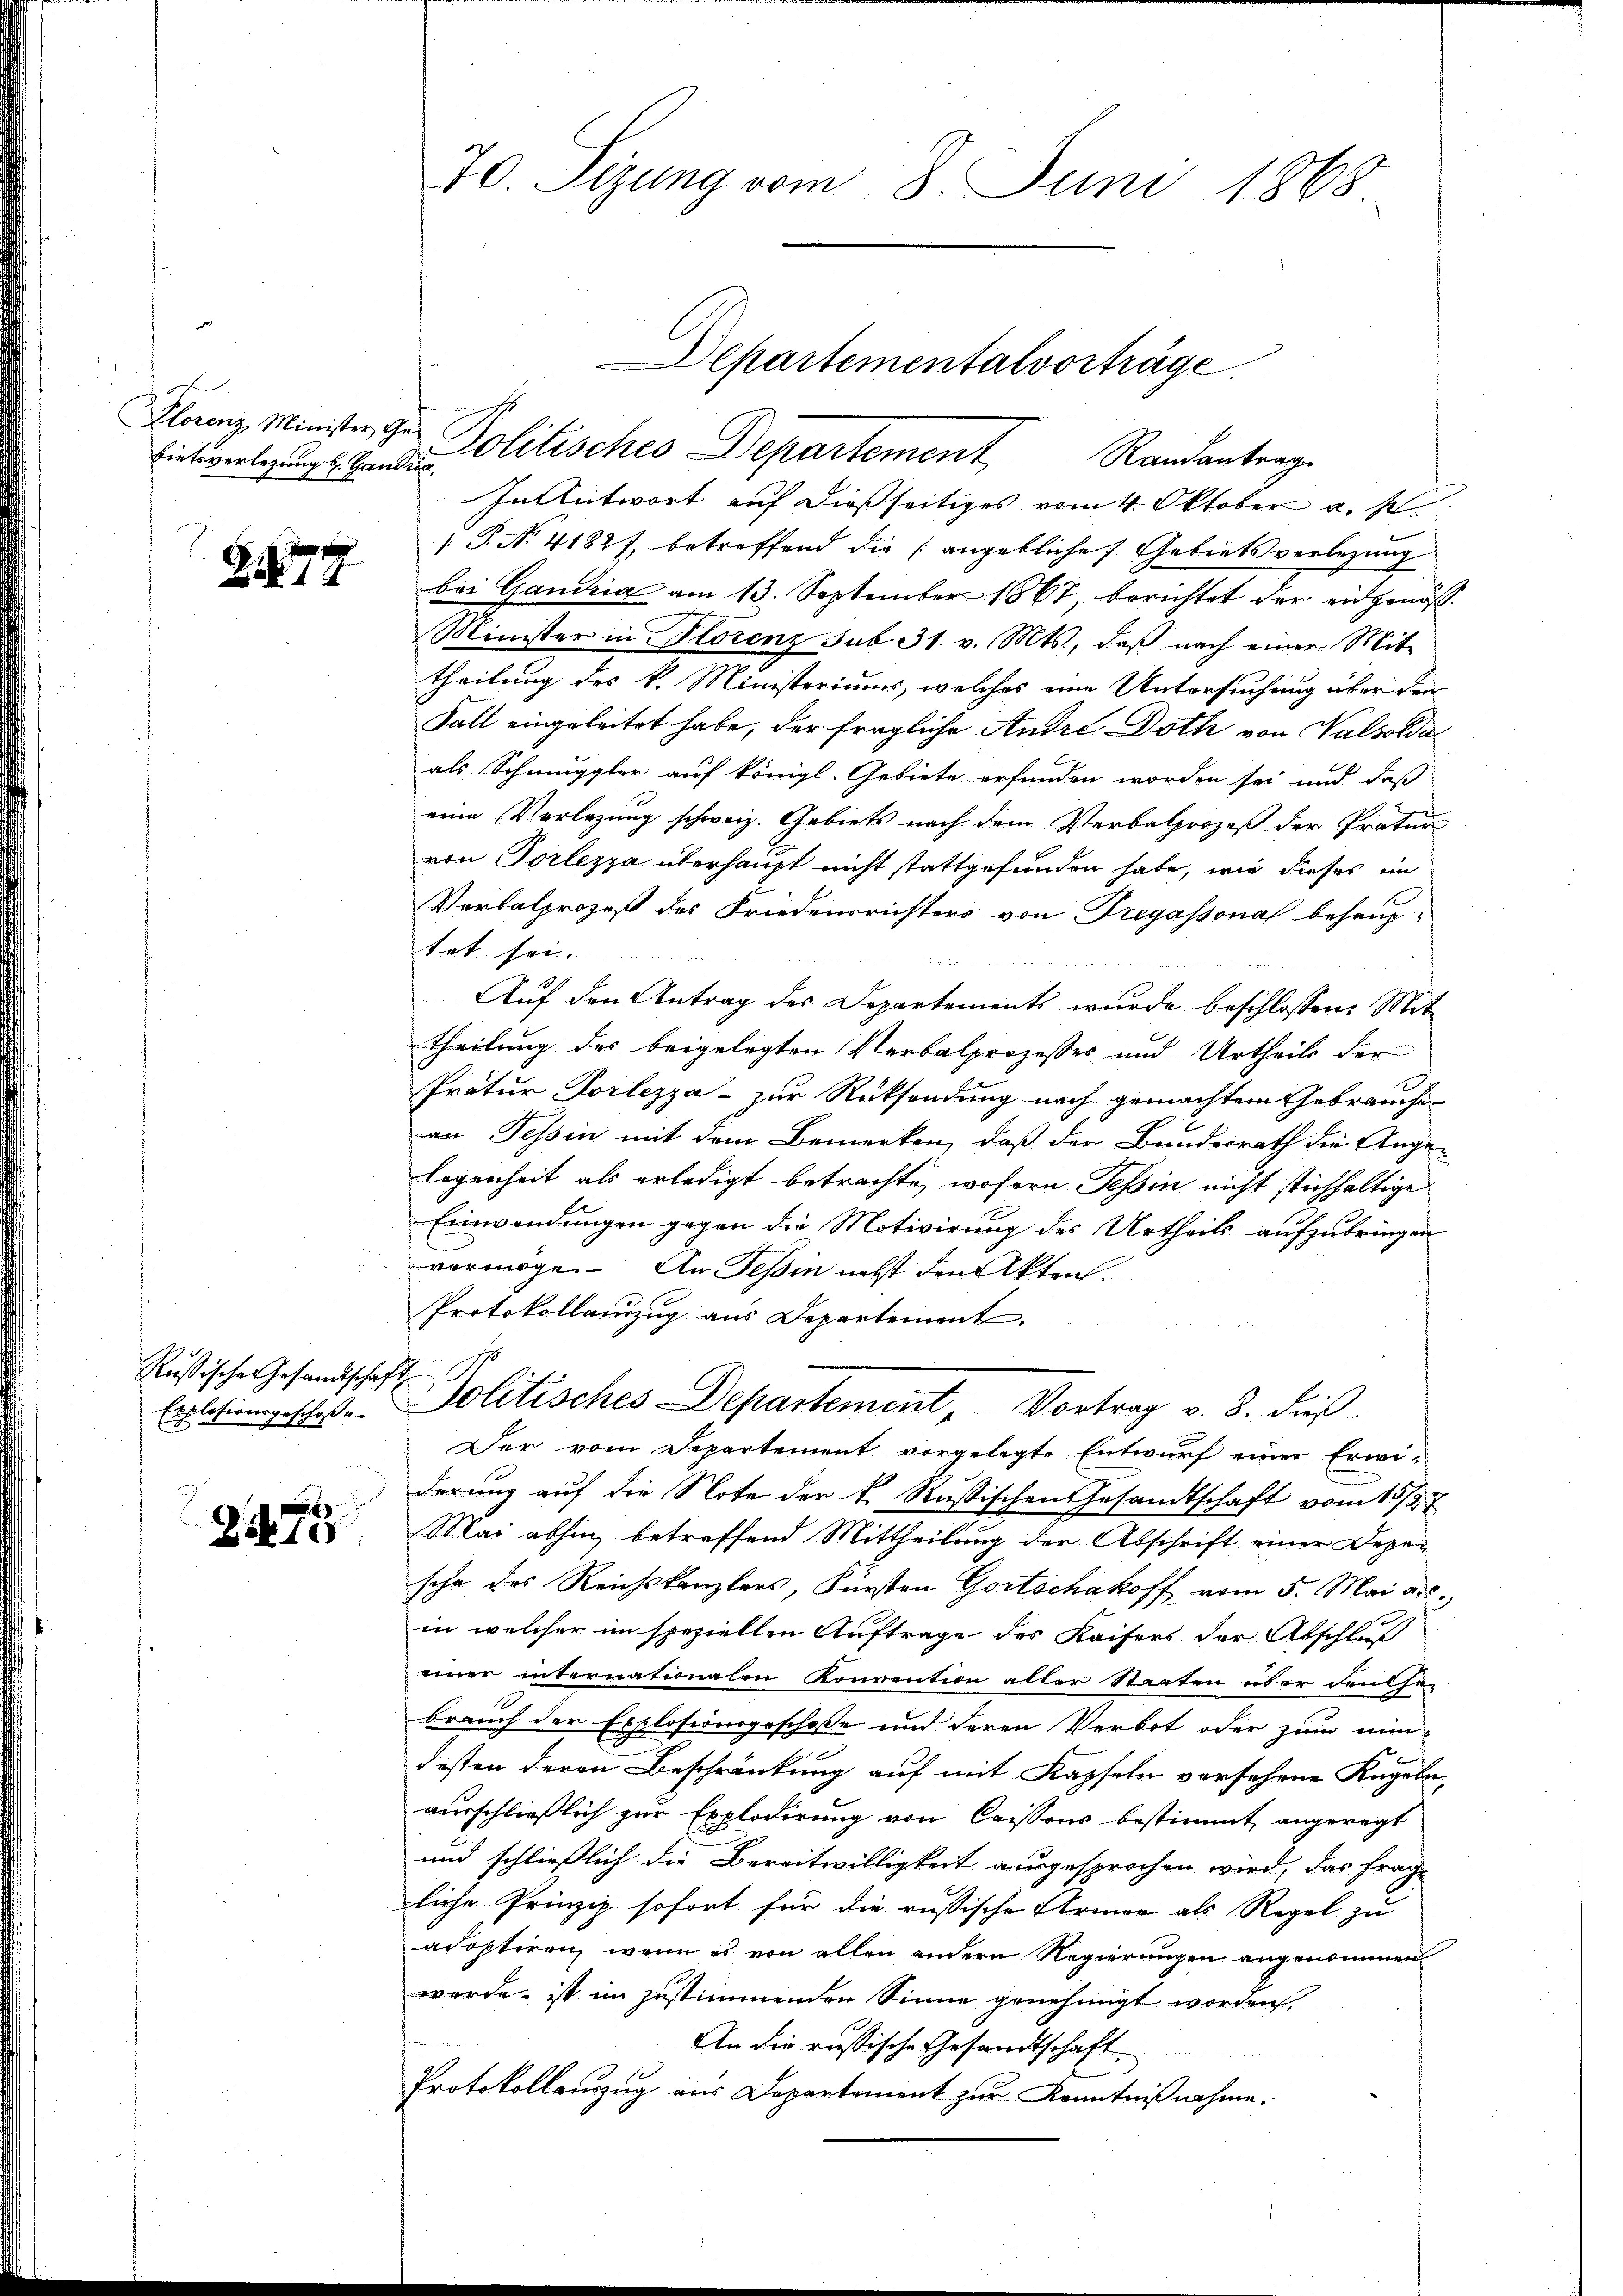
bretsverlegung l. Handra

Z 1874

Russischen Gesandtschaf
Explosionsgeschoße
g

Zete

70. Sezung vom 8. Juni 1868.

Departementalvorträge.
Glanz Minister zur Politisches Departement Randantrage

In Antwort auf dießseitiges vom 4. Oktober a. p.
 P. N. 41827, betreffend die angebliche Gebiets verlegung
bei Gandria am 13. September 1867, berichtet der eidgenöß¬
Minister in Florenz sub 31. v. Mts., daß nach einer Mit-
theilung des k. Ministeriums, welches eine Untersuchung über den
Fall eingeleitet habe, der fragliche Andre Doth von Walsolda
als Schmuggler auf königl. Gebiete erfunden worden sei und daß
eine Vorlegung schweiz. Gebiets nach dem Verbalprozeß der Pratur
von Torlezza überhaupt nicht stattgefunden habe, wie dieses im
Verbalprozeß des Friedensrichters von Fregassonal behaup-
tet sei.

 Sie hatten in den der den in der
Auf den Antrag des Departements wurde beschlossen: Mit
theilung des beigelegten Verbalprozesser und Urtheils der
Pratur Vorlezza - zur Rücksendung nach gemachtem Gebrauche
an Tessin mit dem Bemerken, daß der Bundesrath die Ange-
legenheit als erledigt betrachte, wofern. Tessin nicht stichhaltige
Einwendungen gegen die Motivirung des Urtheils aufzubringen
vermöge. An Tessin nebst den Akten.
Protokollauszug aus Departement.
ch
Politisches Departement, Vortrag v. 8. dieß.
Der vom Departement vorgelegte Entwurf einer Erwi-
derung auf die Note der k. Rußischen Gesandtschaft vom 15./2. 7
Mai abhin, betreffend Mittheilung der Abschrift einer Depe
sche des Reichskanzlers, Fürsten Gortschakoff vom 5. Mai a.c.
in welcher im speziellen Auftrage des Kaisers der Abschluß
einer internationalen Konvention aller Staaten über den ha-
brauch der Explosionsgeschoße und deren Verbot oder zum min-
desten deren Beschränkung auf mit Kapseln versehene Kugeln,
ausschließlich zur Explodirung von Cassons bestimmt angeregt
und schließlich die Bereitwilligkeit ausgesprochen wird, das frage
liche Prinzip sofort für die russische Armen als Regel zu
adoptiren, wenn es von allen andern Regierungen angenommen
werde, ist im zustimmenden Sinne genehmigt worden,
An die russische Gesandtschaft
Protokollauszug aus Departement zur Kenntnißnahme.